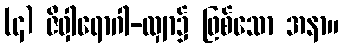
(၄) ဇိဝှါရောဂါ-လျှာ၌ ဖြစ်သော အနာ။